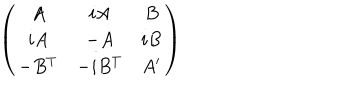
\left( \begin{array} { c c c } { { A } } & { { i A } } & { { B } } \\ { { i A } } & { { - A } } & { { i B } } \\ { { - B ^ { T } } } & { { - i B ^ { T } } } & { { A ^ { \prime } } } \\ \end{array} \right)